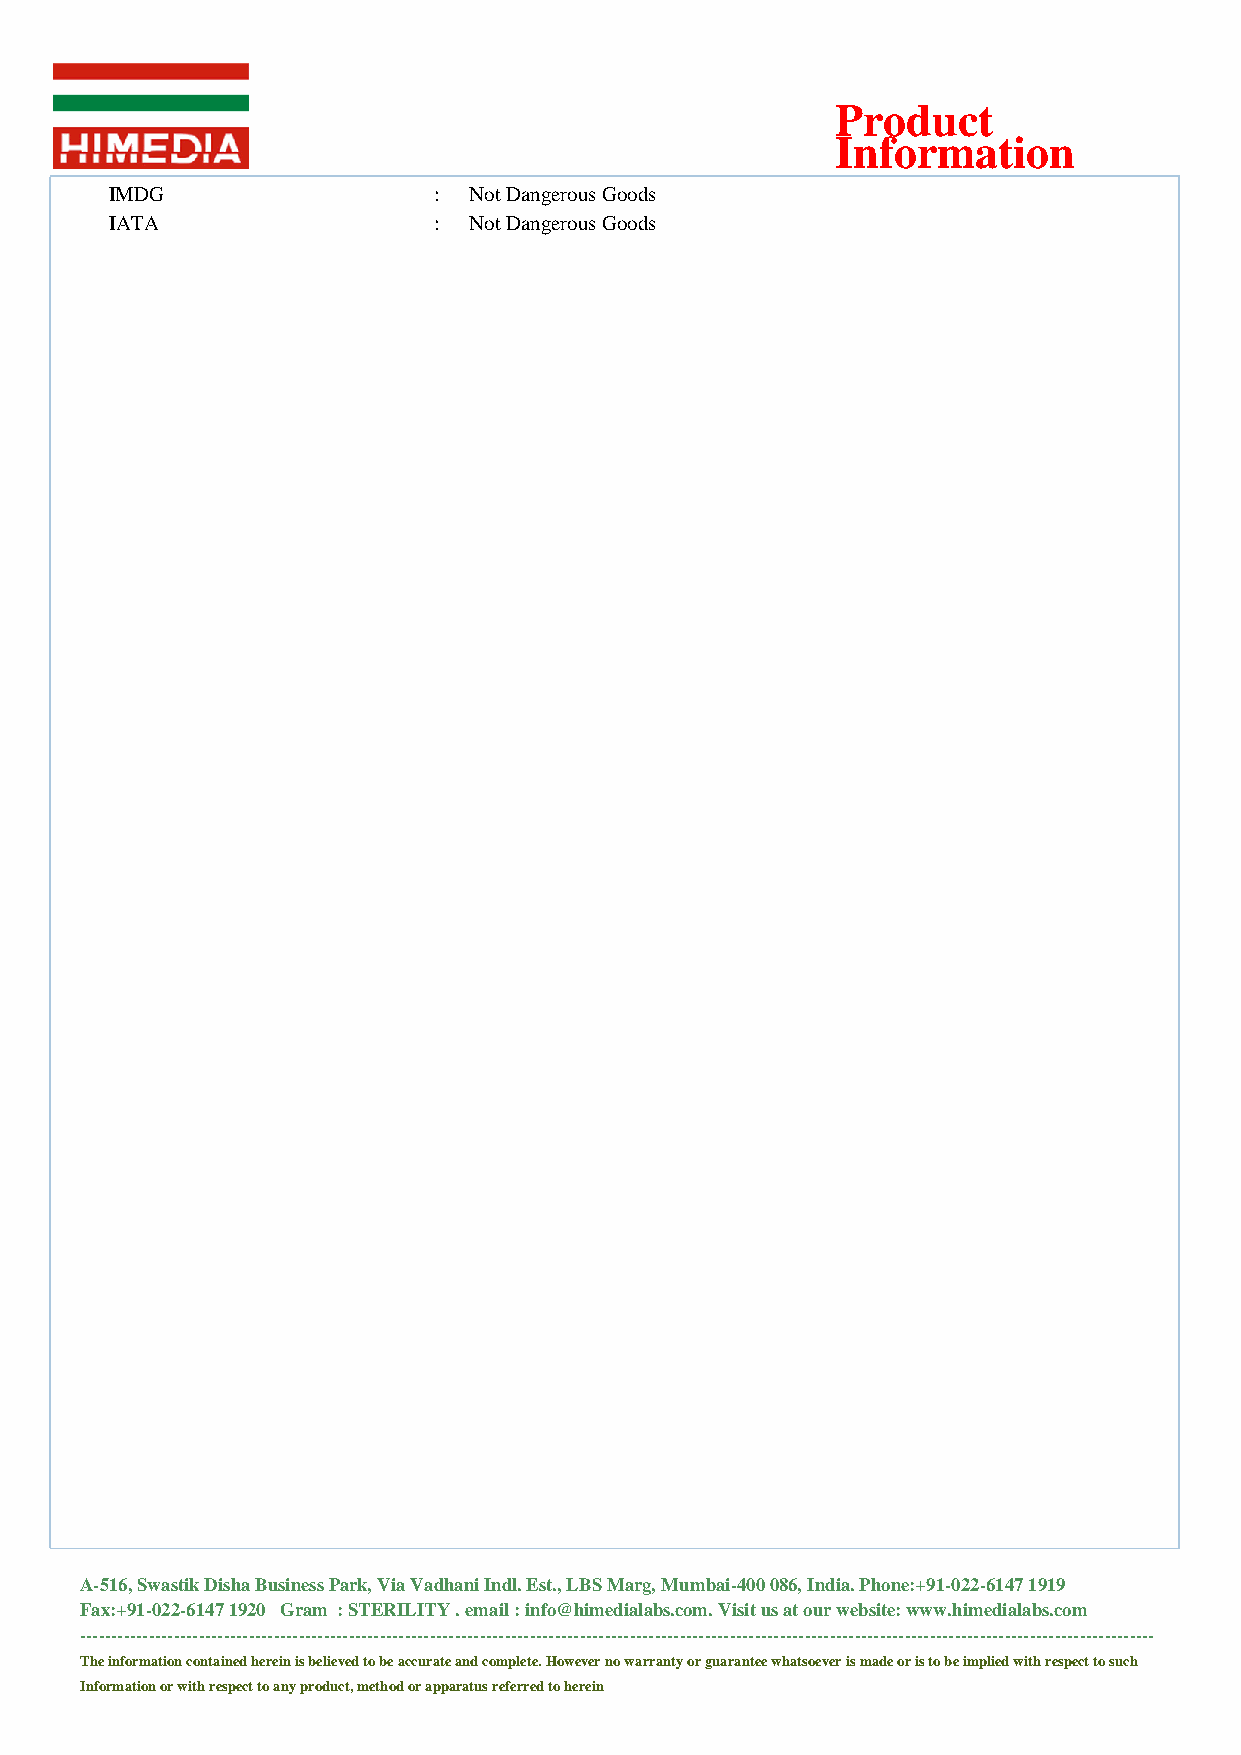
Product
 Information
 IMDG                  : NotDangerousGoods
 IATA                  : NotDangerousGoods
 A-516,SwastikDishaBusinessPark,ViaVadhaniIndl.Est.,LBSMarg,Mumbai-400086,India.Phone:+91-022-61471919
 Fax:+91-022-61471920 Gram :STERILITY.email:info@himedialabs.com.Visitusatourwebsite:www.himedialabs.com
 ----------------------------------------------------------------------------------------------------------------------------------------------------------------------------
 Theinformationcontainedhereinisbelievedtobeaccurateandcomplete.Howevernowarrantyorguaranteewhatsoeverismadeoristobeimpliedwithrespecttosuch
 Informationorwithrespecttoanyproduct,methodorapparatusreferredtoherein